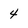
Character: 4